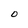
Character: O